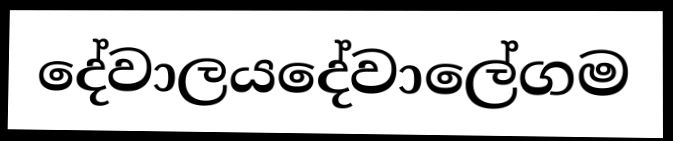
දේවාලයදේවාලේගම